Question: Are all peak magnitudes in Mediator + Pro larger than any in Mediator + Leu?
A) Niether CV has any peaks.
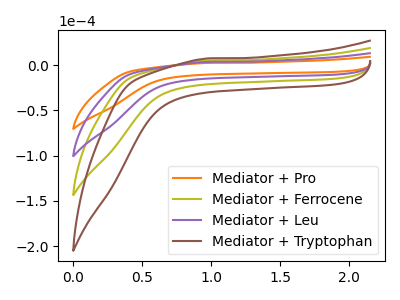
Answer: <think>The orange curve "Mediator + Pro" has no peaks. The olive curve "Mediator + Ferrocene" has no peaks. The purple curve "Mediator + Leu" has no peaks. The brown curve "Mediator + Tryptophan" has no peaks.</think>
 <answer>A) Niether CV has any peaks.</answer>
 <eval>A</eval>